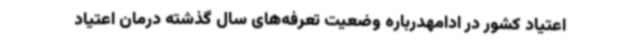
اعتیاد کشور در ادامهدرباره وضعیت تعرفه‌های سال گذشته درمان اعتیاد